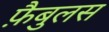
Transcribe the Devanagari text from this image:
फ़ैबुलस